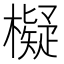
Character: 𣝅